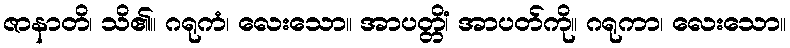
ဇာနာတိ၊ သိ၏။ ဂရုကံ၊ လေးသော။ အာပတ္တိံ၊ အာပတ်ကို။ ဂရုကာ၊ လေးသော။